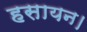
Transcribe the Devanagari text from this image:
हसायन।